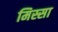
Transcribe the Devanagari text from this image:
मिस्सा